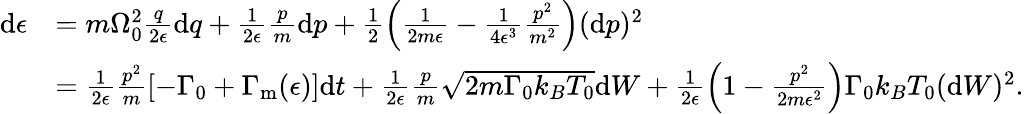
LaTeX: \begin{array}{rl}{\mathrm{d}\epsilon}&{=m\Omega_{0}^{2}\frac{q}{2\epsilon}\mathrm{d}q+\frac{1}{2\epsilon}\frac{p}{m}\mathrm{d}p+\frac{1}{2}\left(\frac{1}{2m\epsilon}-\frac{1}{4\epsilon^{3}}\frac{p^{2}}{m^{2}}\right)(\mathrm{d}p)^{2}}\\ &{=\frac{1}{2\epsilon}\frac{p^{2}}{m}\left[-\Gamma_{0}+\Gamma_{\mathrm{m}}(\epsilon)\right]\mathrm{d}t+\frac{1}{2\epsilon}\frac{p}{m}\sqrt{2m\Gamma_{0}k_{B}T_{0}}\mathrm{d}W+\frac{1}{2\epsilon}\left(1-\frac{p^{2}}{2m\epsilon^{2}}\right){\Gamma_{0}k_{B}T_{0}}(\mathrm{d}W)^{2}\mathrm{.}}\end{array}